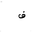
Letter: _fa